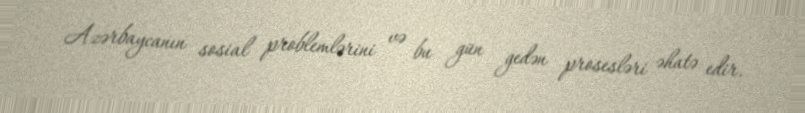
Azərbaycanın sosial problemlərini və bu gün gedən prosesləri əhatə edir.